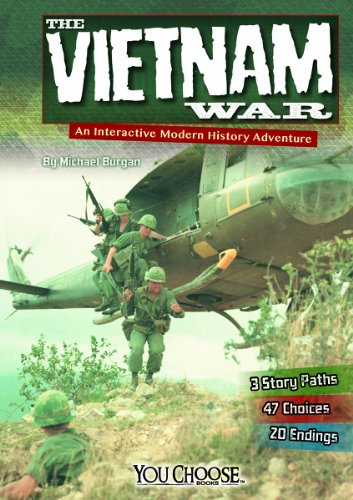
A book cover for The Vietnam War: An Interactive Modern History Adventure (You Choose: Modern History); Michael Burgan; Children's Books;